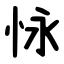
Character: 怺